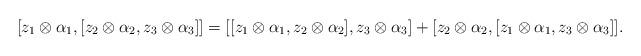
LaTeX: \begin{align*}[z_{1}\otimes\alpha_{1},[z_{2}\otimes\alpha_{2},z_{3}\otimes\alpha_{3}]]=[[z_{1}\otimes\alpha_{1},z_{2}\otimes\alpha_{2}],z_{3}\otimes\alpha_{3}]+[z_{2}\otimes\alpha_{2},[z_{1}\otimes\alpha_{1},z_{3}\otimes\alpha_{3}]].\end{align*}